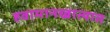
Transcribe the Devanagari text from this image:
हवामानखात्यात